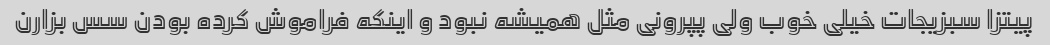
پیتزا سبزیجات خیلی خوب ولی پپرونی مثل همیشه نبود و اینکه فراموش کرده بودن سس بزارن